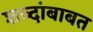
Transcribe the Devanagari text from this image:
शब्दांबाबत